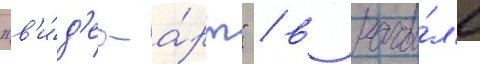
"в'и́д'ео-а́рт" / в нача́л'е